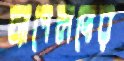
চ্যাপেলদের